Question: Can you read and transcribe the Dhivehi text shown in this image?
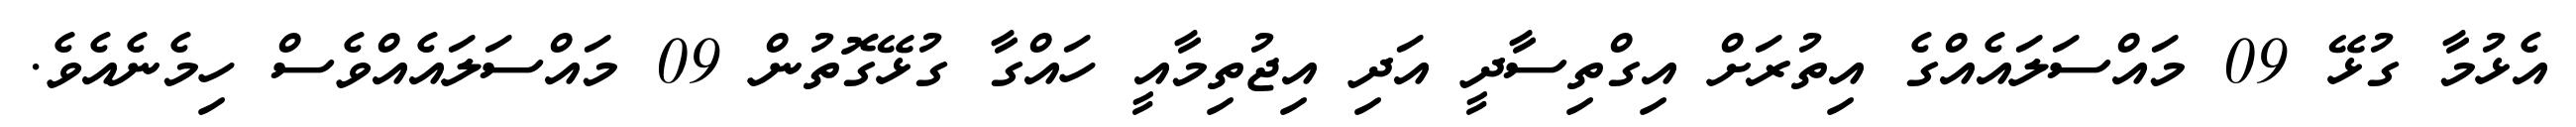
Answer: އެޅުމާ ގުޅޭ 09 މައްސަލައެއްގެ އިތުރަށް އިގްތިސާދީ އަދި އިޖުތިމާއީ ހައްގާ ގުޅޭގޮތުން 09 މައްސަލައެއްވެސް ހިމެނެއެވެ.